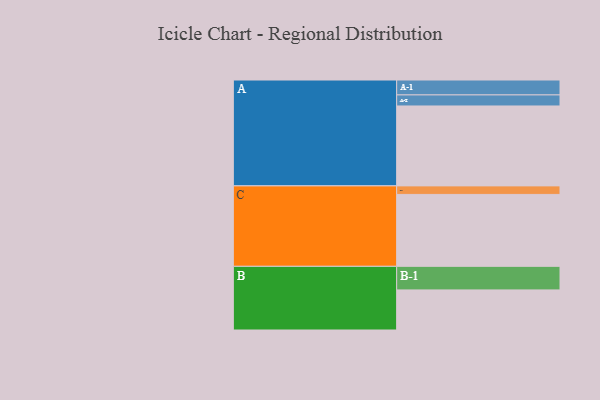
{"axis": {"x": "Segment", "y": "Value"}, "legend": ["", "A", "B", "C"], "data": [{"x": "A", "y": 600, "type": ""}, {"x": "B", "y": 301, "type": ""}, {"x": "C", "y": 540, "type": ""}, {"x": "A-1", "y": 112, "type": "A"}, {"x": "A-2", "y": 83, "type": "A"}, {"x": "B-1", "y": 177, "type": "B"}, {"x": "C-1", "y": 64, "type": "C"}]}